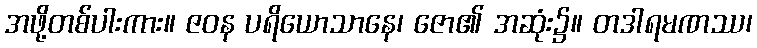
အဖို့တစ်ပါးကား။ ဇဝန ပရိယောသာနေ၊ ဇော၏ အဆုံး၌။ တဒါရမဏဿ၊